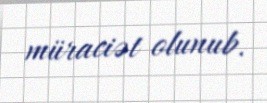
müraciət olunub.